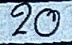
20